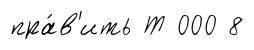
пра́в'ить Т 000 8